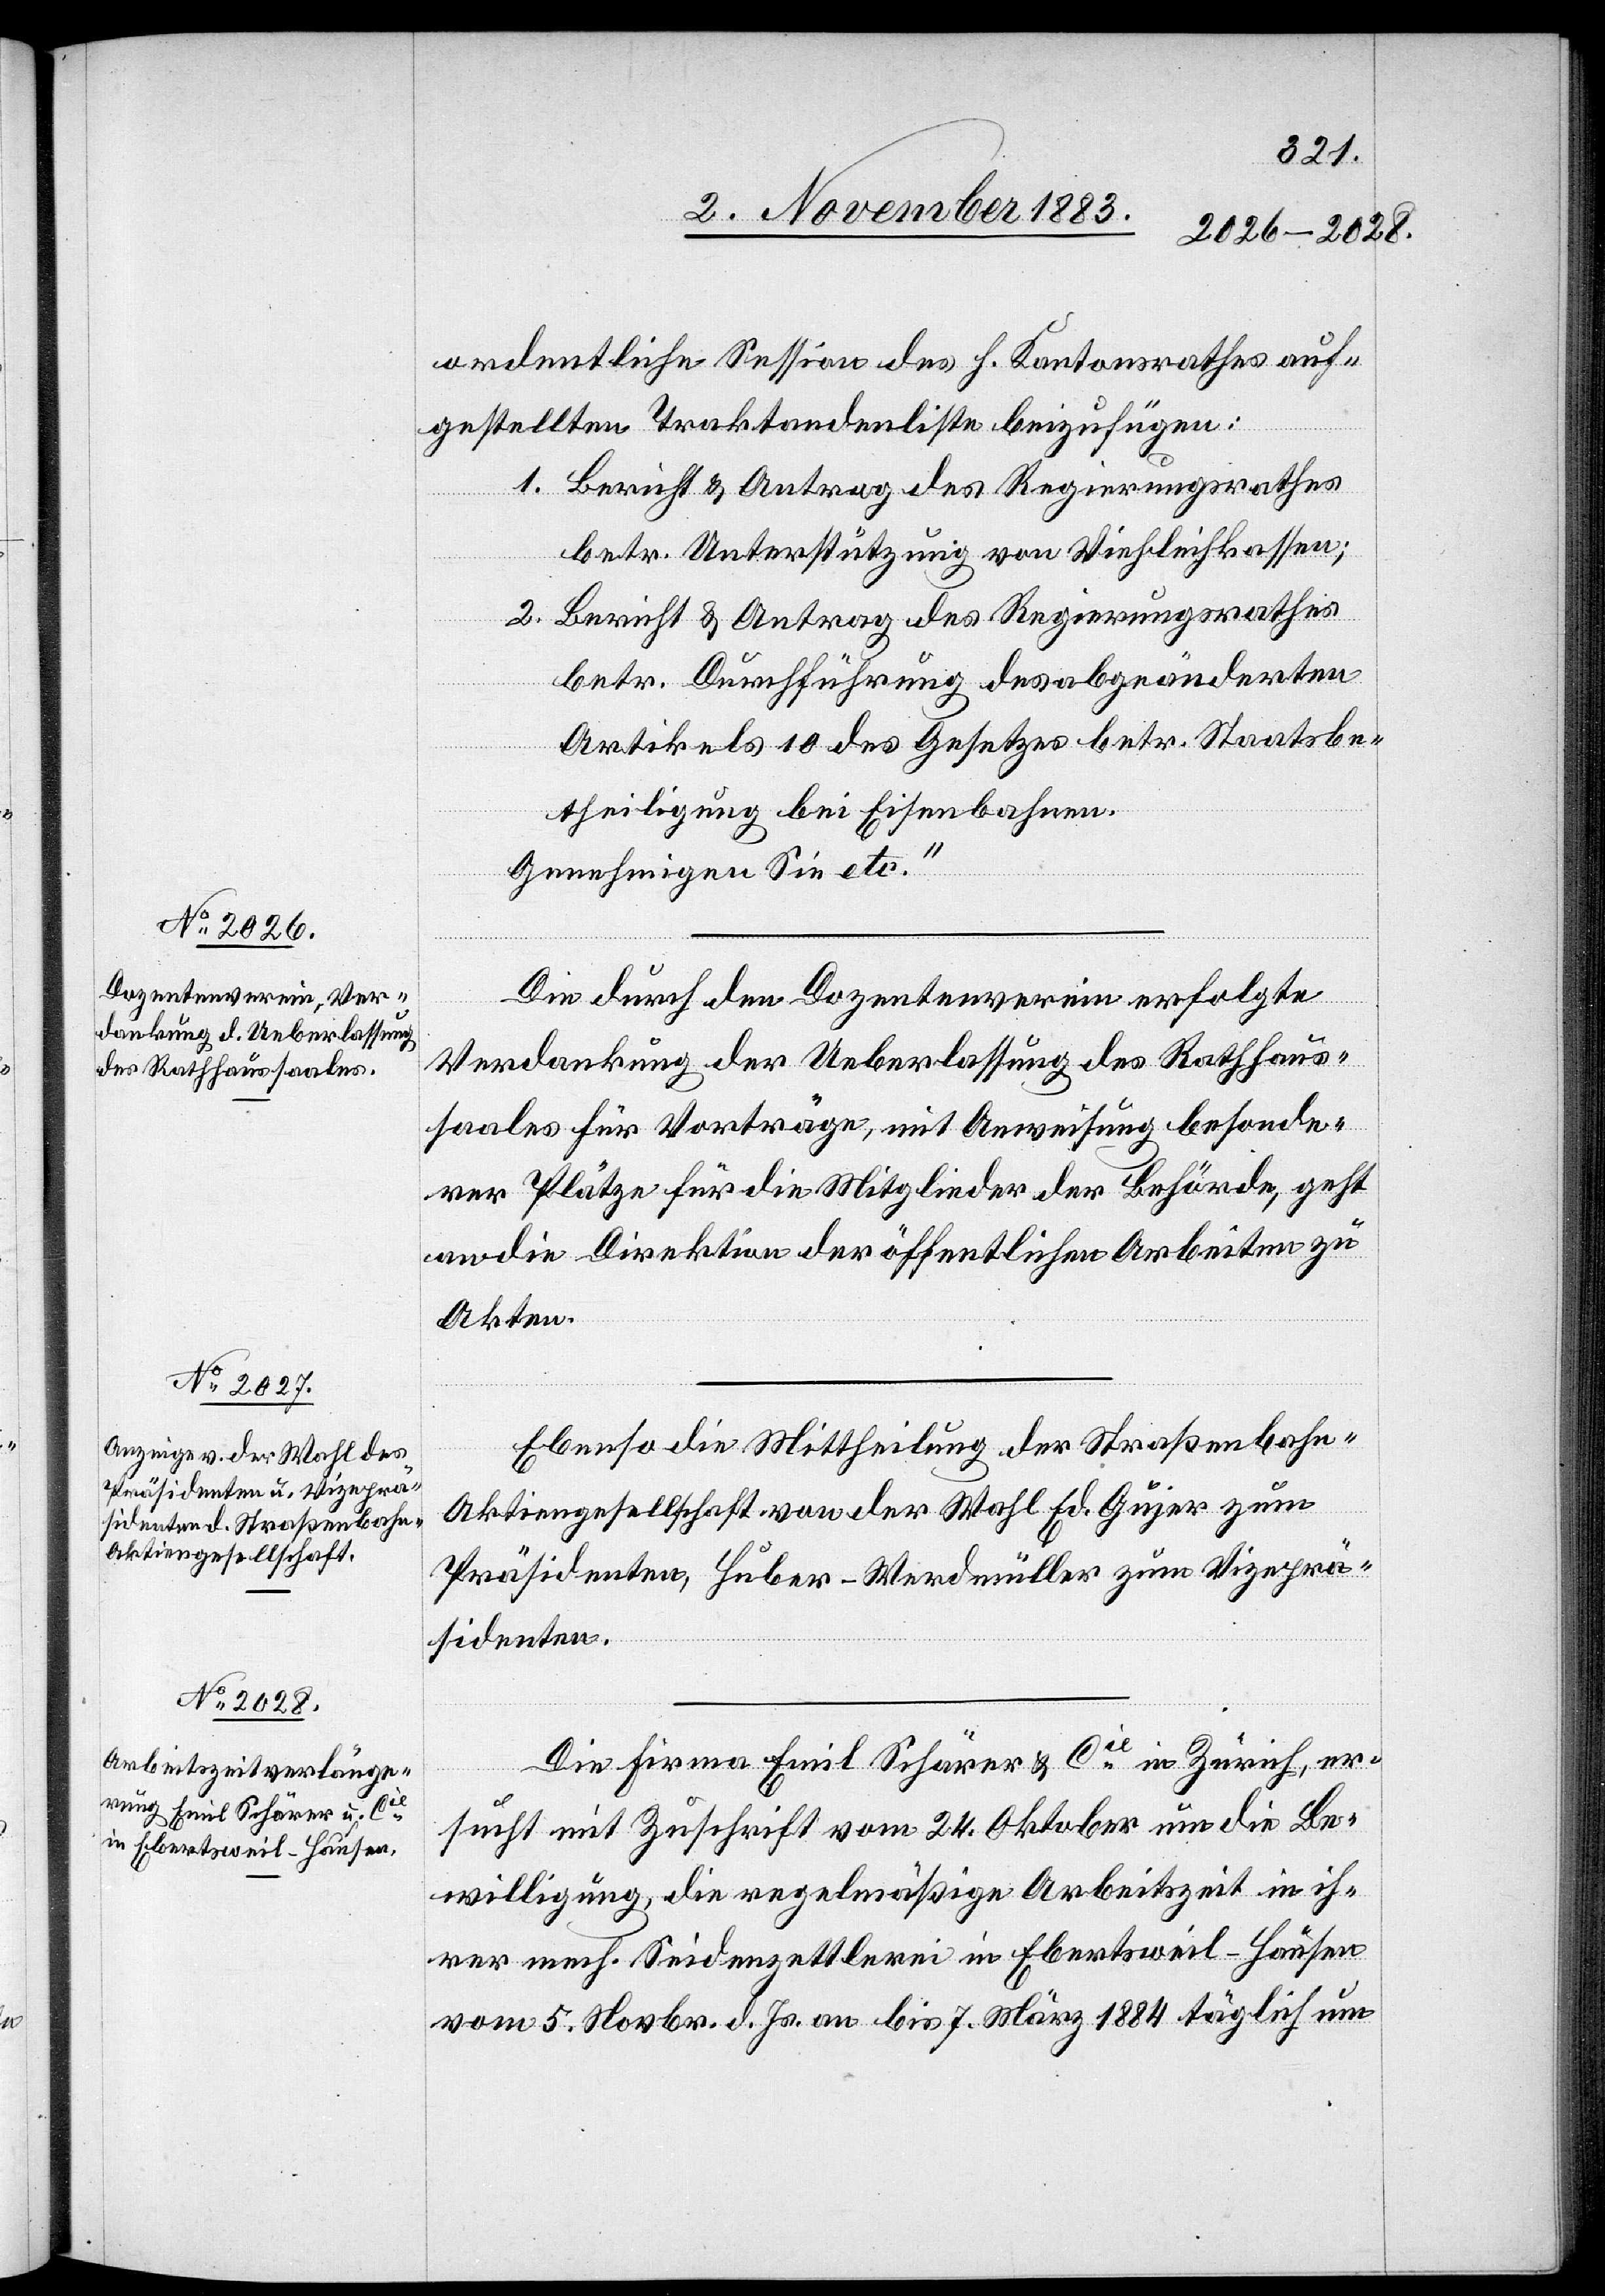
24.
ordentliche Session des h. Kantonsrathes auf¬
gestellten Traktandenliste beizufügen:
1. Bericht & Antrag des Regierungsrathes
betr. Unterstützung von Viehleihkassen;
2. Bericht und Antrag des Regierungsrathes
betr. Durchführung des abgeänderten
Artikels 10 des Gesetzes betr. Staatsbe¬
theiligung bei Eisenbahnen.
Genehmigen Sie etc.“
Die durch den Dozentenverein erfolgte
Verdankung der Ueberlassung des Rathhaus¬
saales für Vorträge, mit Anweisung besonde¬
rer Plätz für die Mitglieder der Behörde, geht
an die Direktion der öffentlichen Arbeiten zu
Akten.
Ebenso die Mittheilung der Straßenbahn-A¬
ktiengesellschaft von der Wahl Ed. Gujer zum
Präsidenten, Huber-Werdmüller zum Viceprä¬
sidenten.
Die Firma Emil Schärer & Cie ersucht mit
Bewilligung, die regelmäßige Arbeitszeit in ih¬
rer mech. Seidenzettlerei in Ebertsweil - Hausen
vom 5. Novbr. d. Js. an bis 7. März 1884 täglich um